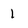
Character: 1